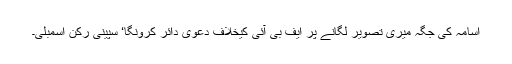
اسامہ کی جگہ میری تصویر لگانے پر ایف بی آئی کیخلاف دعویٰ دائر کرونگا‘ سپینی رکن اسمبلی۔